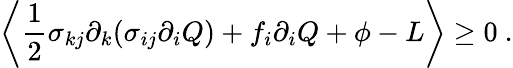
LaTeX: \left\langle\frac{1}{2}\sigma_{kj}\partial_{k}(\sigma_{ij}\partial_{i}Q)+f_{i}\partial_{i}Q+\phi-L\right\rangle\geq 0\ .